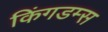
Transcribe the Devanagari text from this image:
किंगडम्स